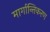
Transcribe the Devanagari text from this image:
मार्गान्तिकरण